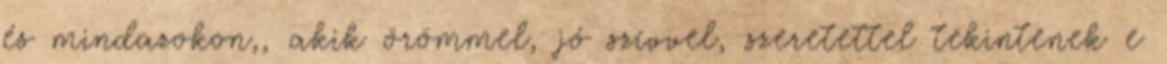
és mindazokon,, akik örömmel, jó szívvel, szeretettel tekintenek e